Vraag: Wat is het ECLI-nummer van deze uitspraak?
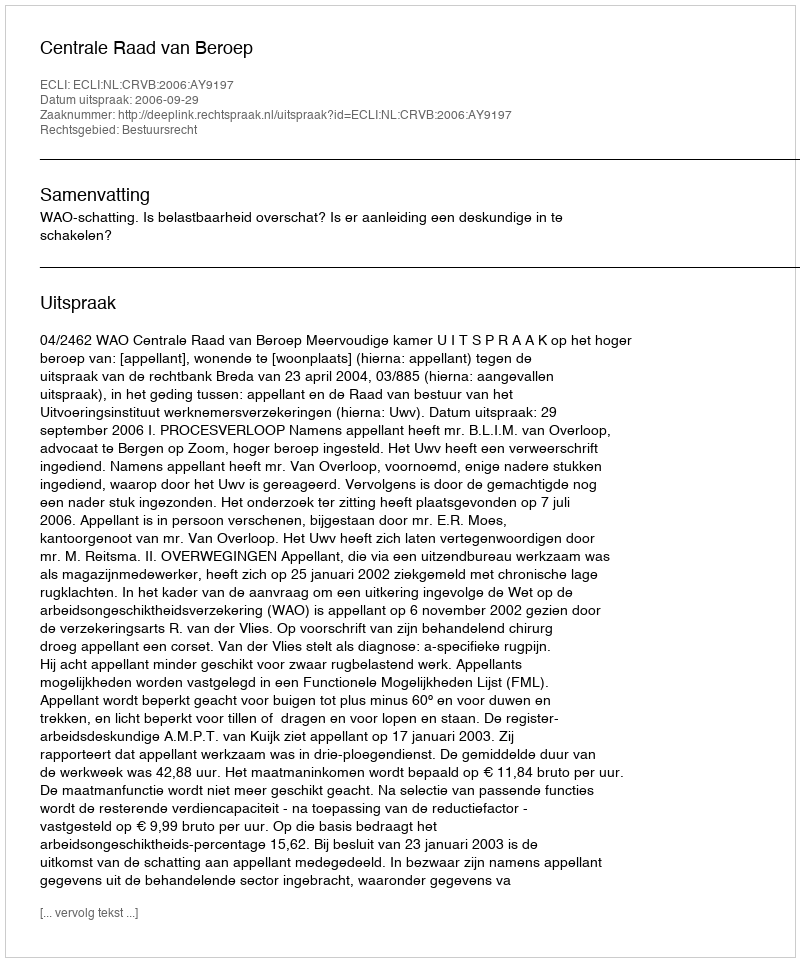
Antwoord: ECLI:NL:CRVB:2006:AY9197